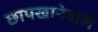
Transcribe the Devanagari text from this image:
छापखानेवाले